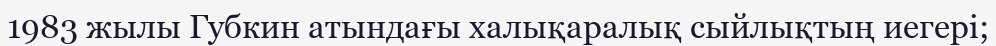
1983 жылы Губкин атындағы халықаралық сыйлықтың иегері;